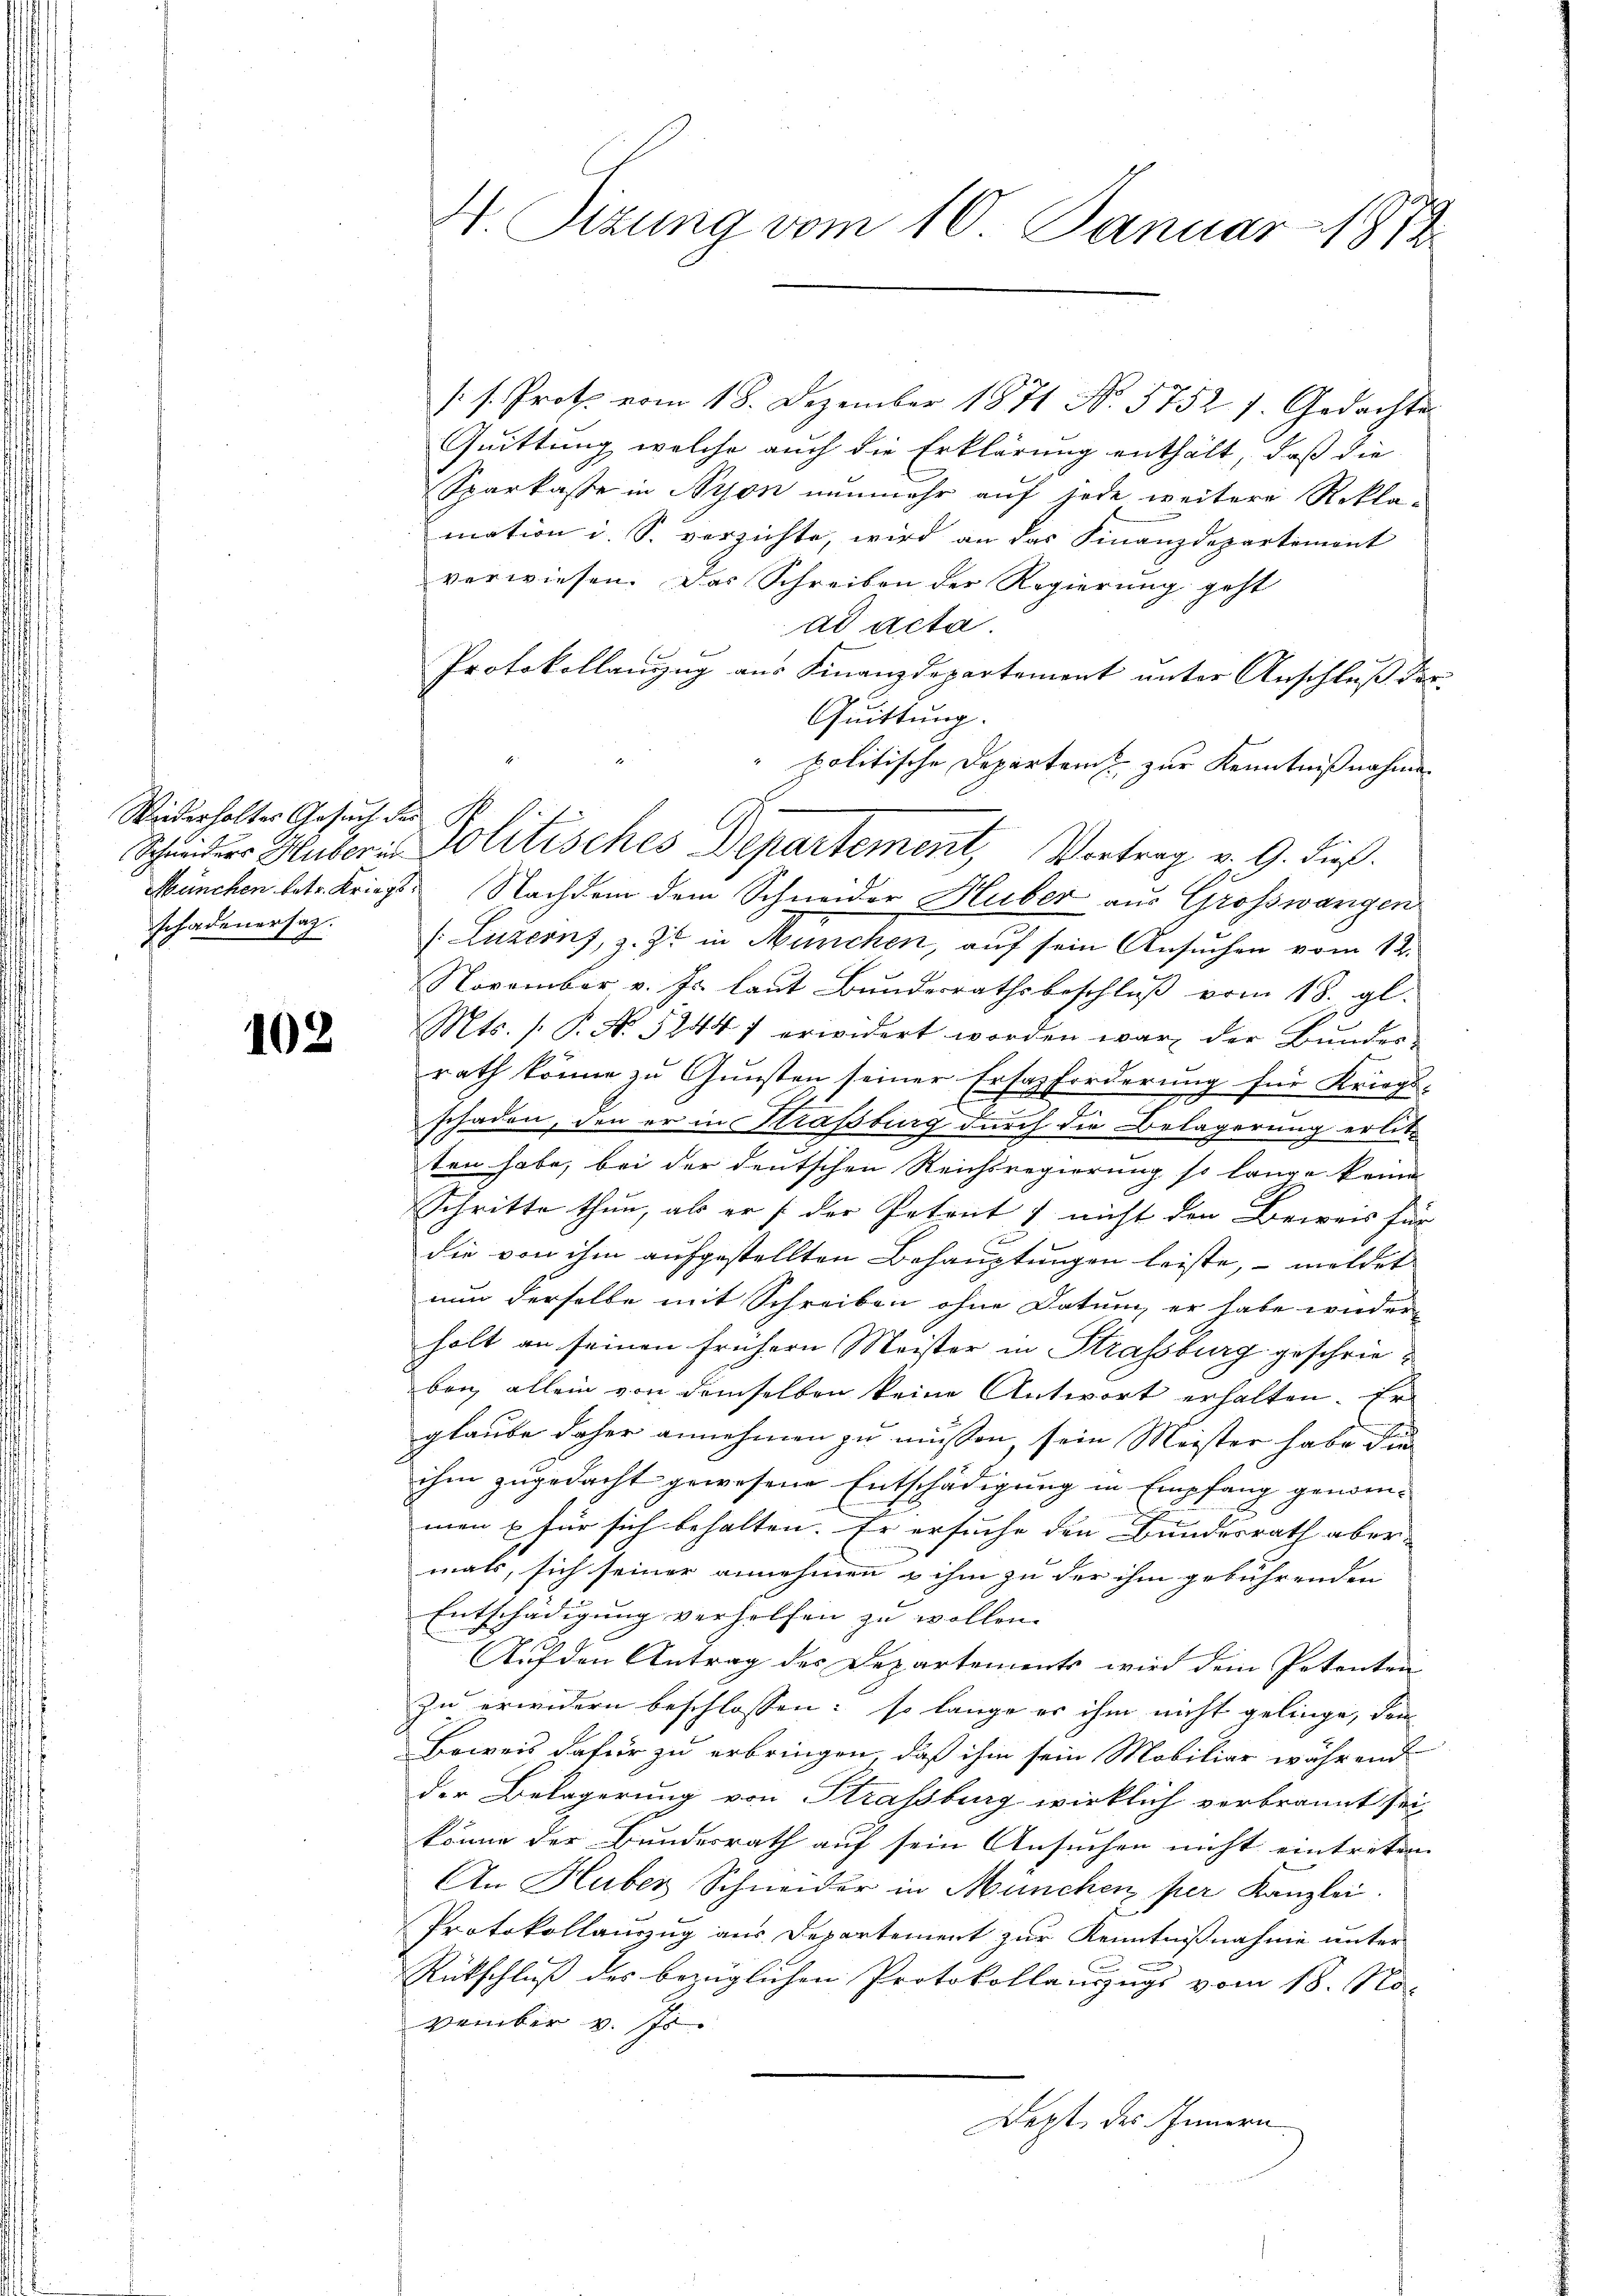
Wiederholter Gesuch des
schadenersatz.

102

N. Sizung vom 10. Januar 1879

/s. Prote vom 18. Dezember 1871 No 5752 f. Gedachtes
Quittung welche auch die Erklärung enthält, daß die
Sparkaste in Nyon nunmehr auf jede weitere Rekla-
mation i. S. verzichte, wird an das Finanzdepartemont
verwiesen. Das Schreiben der Regierung geht
ad acta.
Protokollanzug aus Finanzdepartement unter Anschluß der¬
Quittung.
politische Departamt zur Kenntnißnahme
München betr. Kriegt. Nachdem dem Schneider Huber aus Grosswangen
(Luzerns, z. Zt. in München, auf sein Ansuchen vom 12.
November v. Js. laut Bundesrathsbeschluß vom 18. gl.
Mts. (: P. No 52447 erwidert worden war der Bunderrath könne zu Gunsten seiner Ersatzforderung für Kriegs-
schaden, den er in Krassburg durch die Belagerung erlitt
ten habe, bei der deutschen Reichsregierung so lange keine
Schritte thun, als er (der Petent & nicht den Beweis für
die von ihm aufgestellten Behauptungen leiste, – meldet
nun derselbe mit Schreiben ohne Datum er habe wieder
holt an seinen frühern Meister in Strassburg geschrieben allein von demselben keine Antwort erhalten. Er
glaube daher annehmen zu müssen, sein Meister habe die
ihm zugedacht gewesene Entschädigung in Empfang genommen u für sich behalten. Er ersuche den Bundesrath aber-
mals, sich seiner annehmen & ihm zu der ihm gebührenden
Entschädigung verholfen zu wollen.
Auf den Antrag des Departements wird dem Petenten
zu erwidern beschlossen; so lange es ihm nicht gelinge, den
Beweis dafür zu erbringen, daß ihm sein Mobiliar während
der Belagerung von Strassburg wirklich verbrannt sei
könne der Bundesrath auf sein Ansuchen nicht eintreten
An Huber Schneider in München per Kanzlei.
Protokollauszug aus Departement zur Kenntnißnahme unter
Rückschluß des bezüglichen Protokollauszugs vom 18. No-
vember v. Js.
Dept, des Innern

Scheiders Huber - Politisches Departement, Vortrag v. 9. dieß.